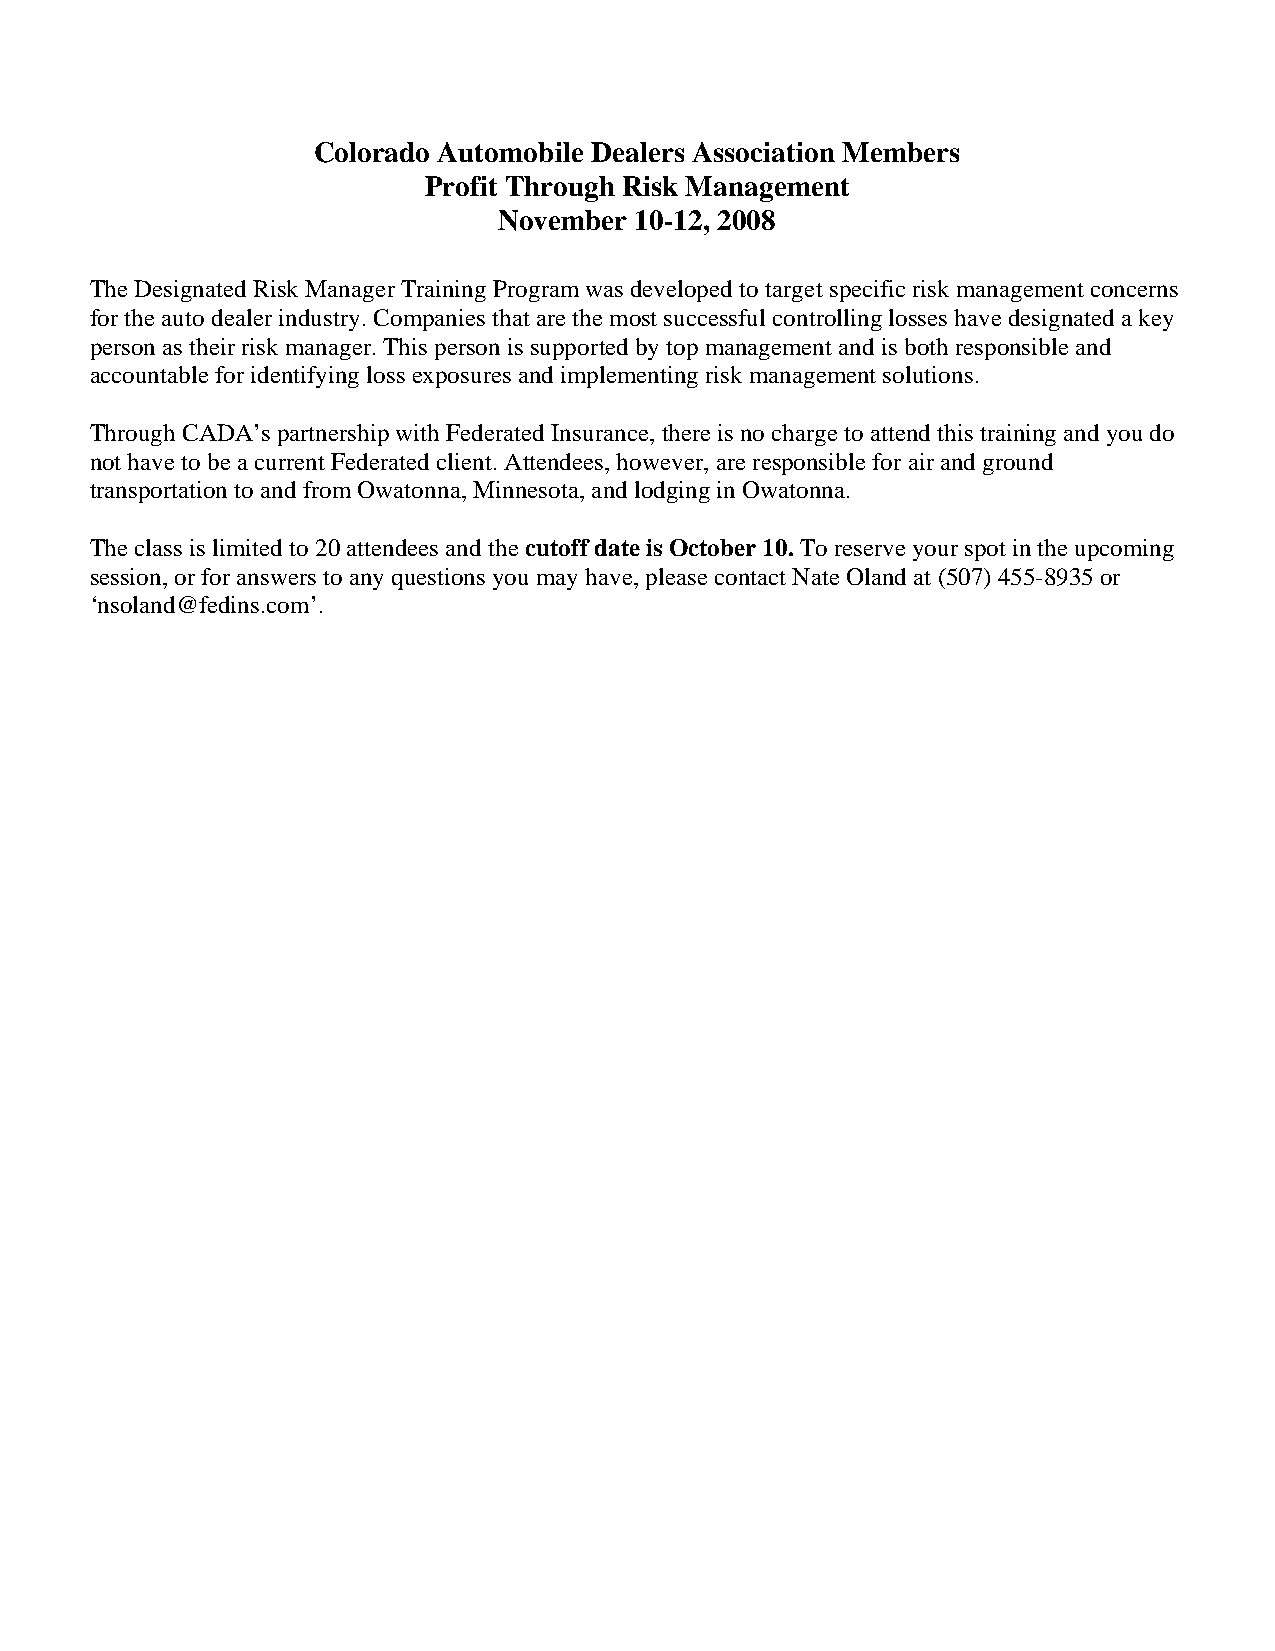
Colorado Automobile Dealers Association Members
 Profit Through Risk Management
 November 10-12, 2008
 The Designated Risk Manager Training Program was developed to target specific risk management concerns
 for the auto dealer industry. Companies that are the most successful controlling losses have designated a key
 person as their risk manager. This person is supported by top management and is both responsible and
 accountable for identifying loss exposures and implementing risk management solutions.
 Through CADA’s partnership with Federated Insurance, there is no charge to attend this training and you do
 not have to be a current Federated client. Attendees, however, are responsible for air and ground
 transportation to and from Owatonna, Minnesota, and lodging in Owatonna.
 The class is limited to 20 attendees and the cutoff date is October 10. To reserve your spot in the upcoming
 session, or for answers to any questions you may have, please contact Nate Oland at (507) 455-8935 or
 ‘nsoland@fedins.com’.